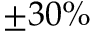
\pm 3 0 \%